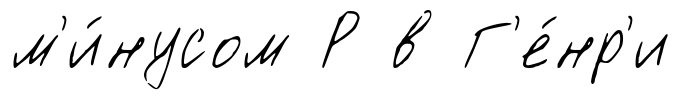
м'и́нусом Р в Г'е́нр'и